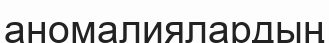
аномалиялардың